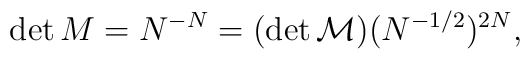
\det M=N^{-N}=(\det{\cal M})(N^{-1/2})^{2N},